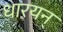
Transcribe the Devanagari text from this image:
धारयन्